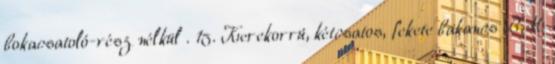
bokacsatoló-rész nélkül . 15. Kerekorrú, kétcsatos, fekete bakancs BM